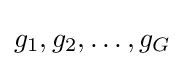
g_{1},g_{2},\dots ,g_{G}